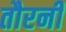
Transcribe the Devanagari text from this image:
तौरनी